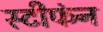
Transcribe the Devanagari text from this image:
स्टीफंन